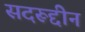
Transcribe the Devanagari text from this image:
सदरूद्दीन